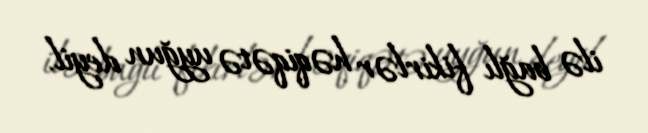
ilə bağlı fikirlər həqiqətə uyğun deyil.